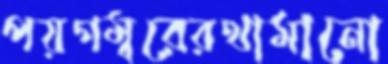
পয়গম্বরেরথামানো